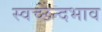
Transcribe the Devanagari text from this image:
स्वच्छन्दभाव